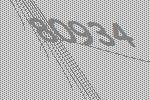
80934